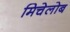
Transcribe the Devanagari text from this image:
मिचेलोब